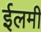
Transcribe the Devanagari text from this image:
ईलमी